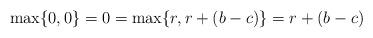
LaTeX: \begin{align*}\max\{0,0\}=0=\max\{r,r+(b-c)\}=r+(b-c)\end{align*}